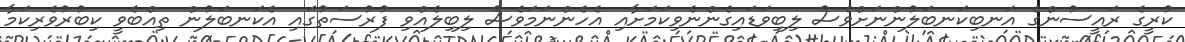
ކުރީގެ ރައީސުންގެ އަނބިކަނބަލުންނަށްވެސް ލިބިވަޑައިގެންނެވިކަމަށާއި އެހެންނަމަވެސް ލިބިލެއްވި ފުރުސަތުގައި އެކަނބަލުން ތިއްބެވީ ކިބުރުވެރިކަމާ